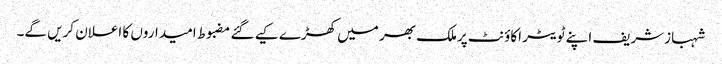
شہبازشریف اپنے ٹویٹر اکاؤنٹ پرملک بھر میں کھڑے کیے گئے مضبوط امیداروں کا اعلان کریں گے۔